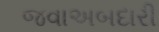
જવાઅબદારી